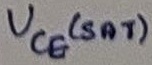
Text: UCE(SAT)